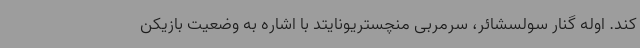
کند. اوله گنار سولسشائر، سرمربی منچستریونایتد با اشاره به وضعیت بازیکن